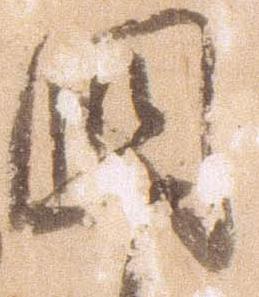
国